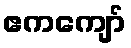
ဧကကျော်